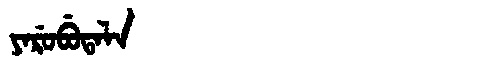
Manchu: ᠶᠠᡵᡠᠪᡠᡨᠠᠯᠠ
Romanization: YARUBUTALA